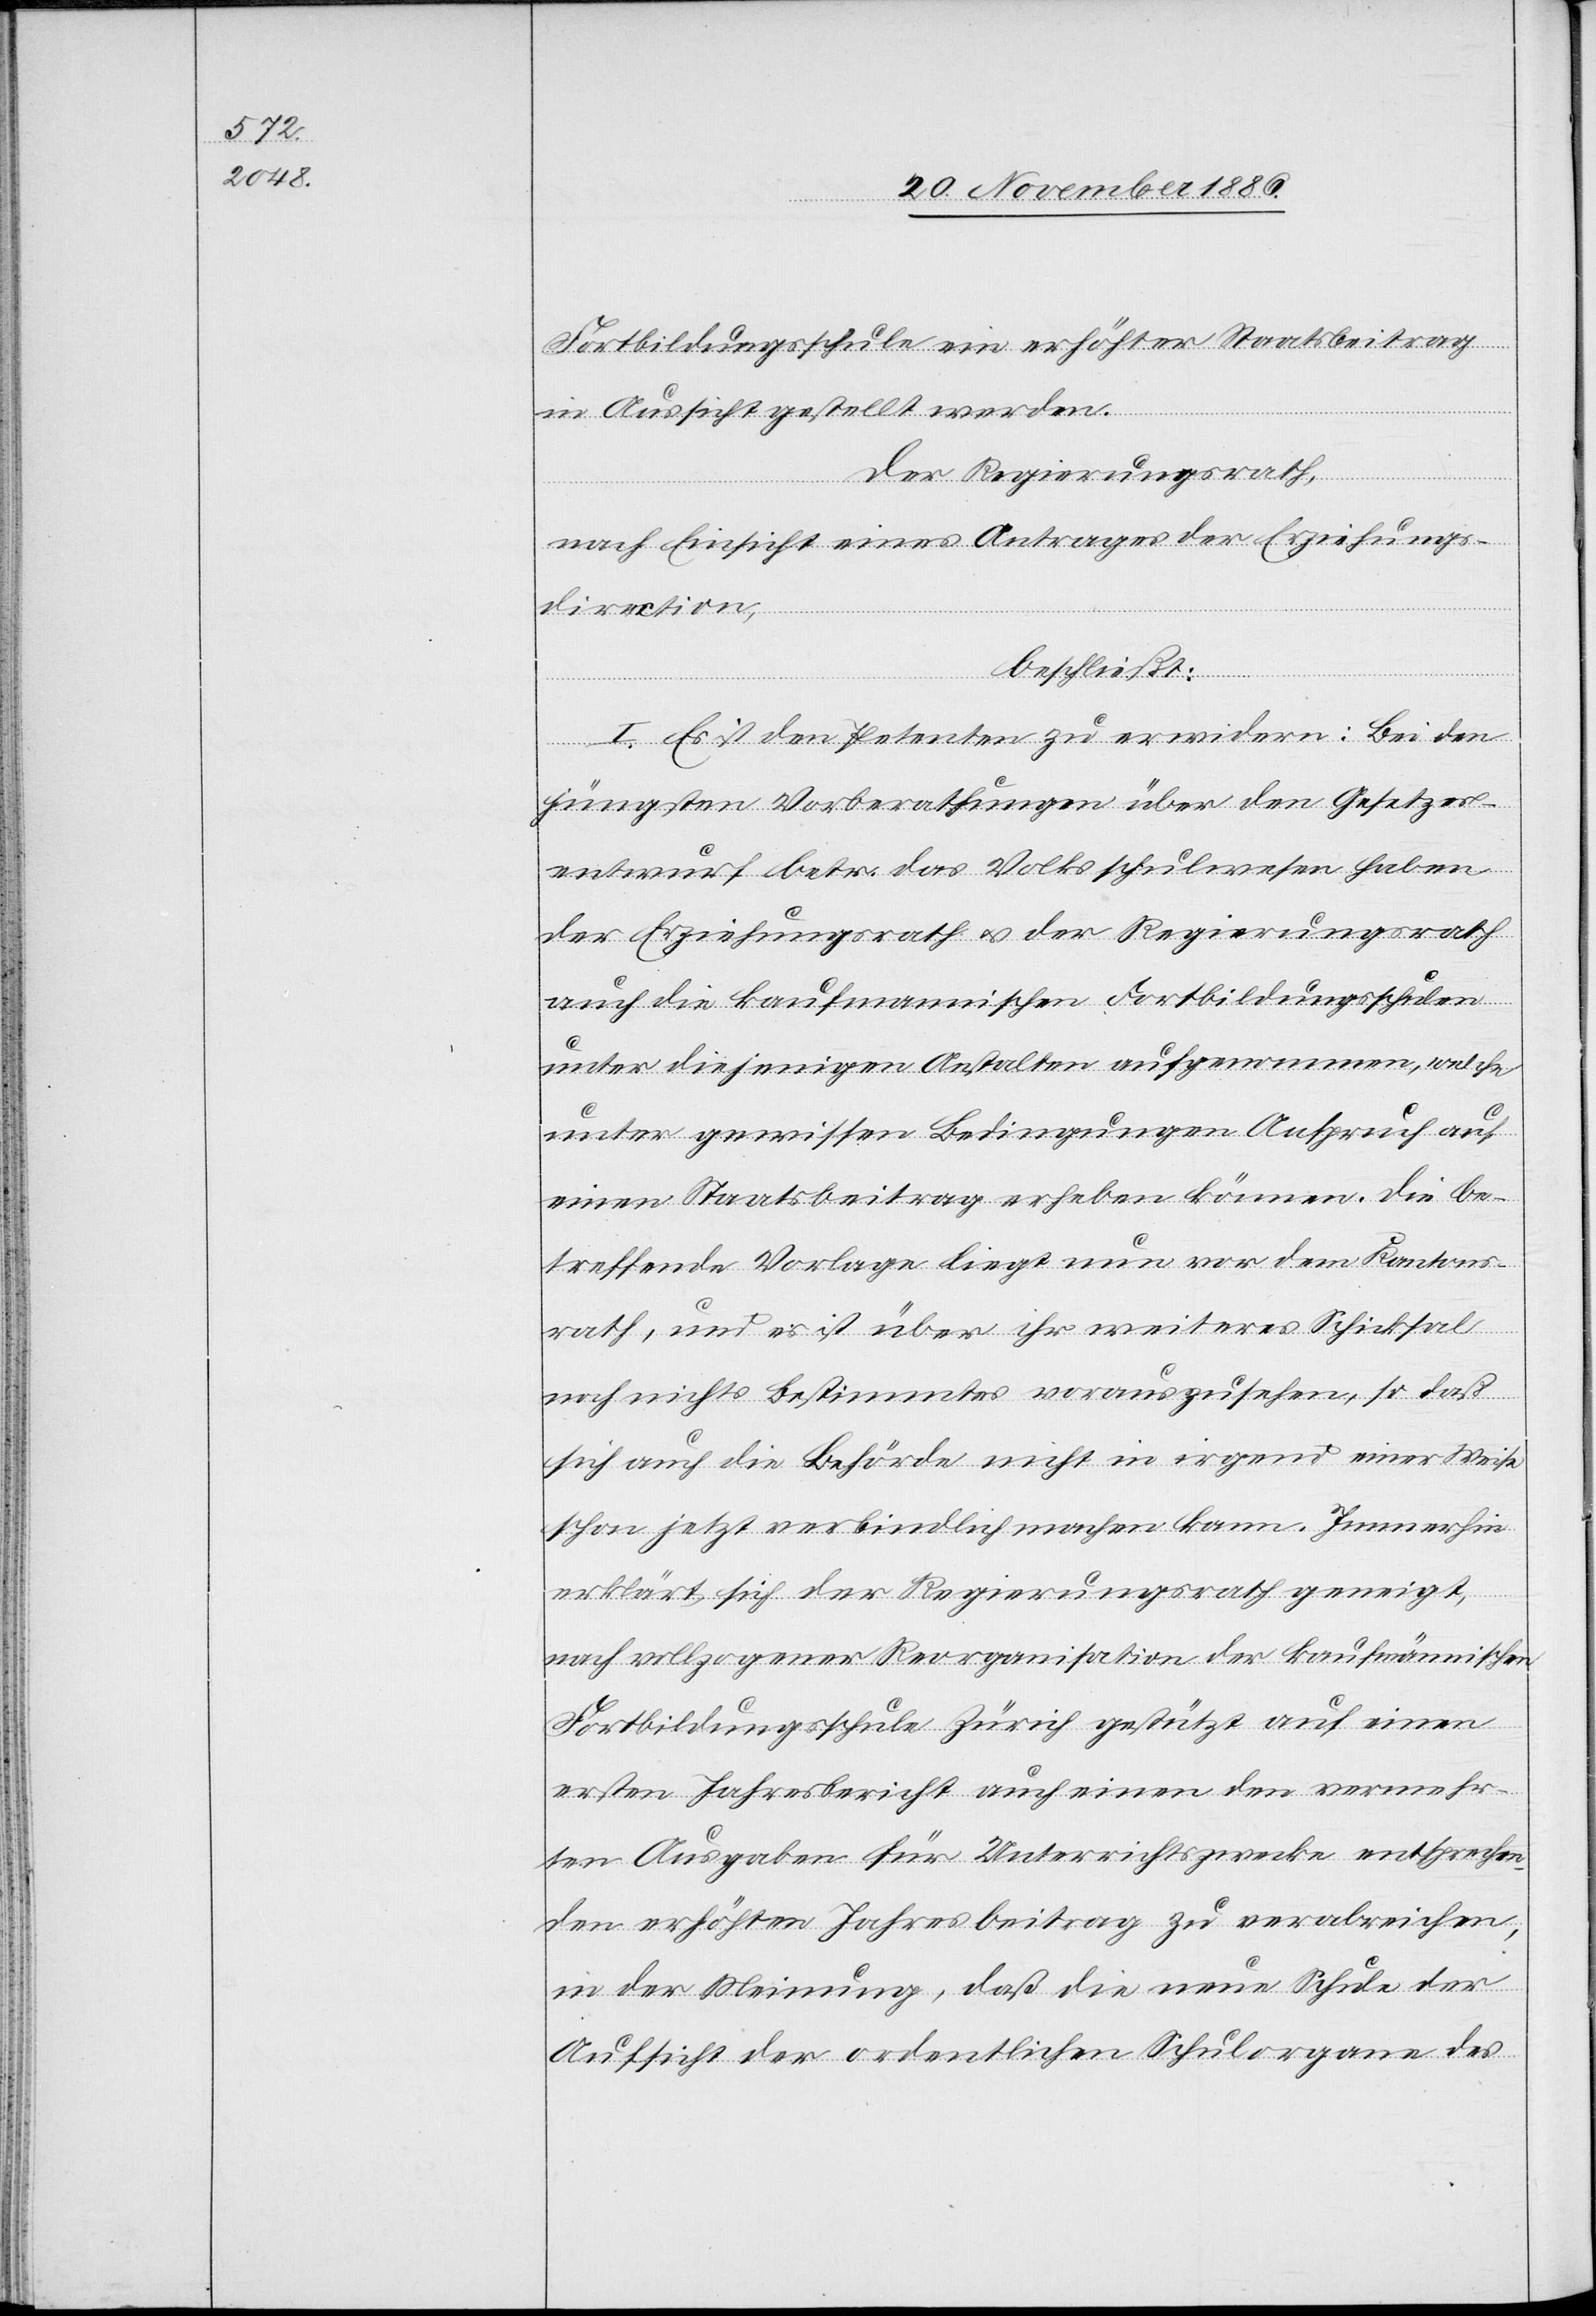
Fortbildungsschule ein erhöhter Staatsbeitrag
in Aussicht gestellt werden.
Der Regierungsrath,
nach Einsicht eines Antrages der Erziehungs¬
direction,
beschließt:
I. Es ist den Petenten zu erwidern: Bei den
jüngsten Vorberathungen über den Gesetzes¬
entwurf betr. das Volksschulwesen haben
der Erziehungsrath & der Regierungsrath
auch die kaufmannischen [sic!] Fortbildungsschulen
unter diejenigen Anstalten aufgenommen, welche
unter gewissen Bedingungen Anspruch auf
einen Staatsbeitrag erheben können. Die be¬
treffende Vorlage liegt nun vor dem Kantons¬
rath, und es ist über ihr weiteres Schicksal
noch nichts Bestimmtes vorauszusehen, so daß
sich auch die Behörde nicht in irgend einer Weise
schon jetzt verbindlich machen kann. Immerhin
erklärt sich der Regierungsrath geneigt,
nach vollzogener Reorganisation der kaufmännischen
Fortbildungsschule Zürich gestützt auf einen
ersten Jahresbericht auch einen den vermehr¬
ten Ausgaben für Unterrichtszwecke entsprechen¬
den erhöhten Jahresbeitrag zu verabreichen,
in der Meinung, daß die neue Schule der
Aufsicht der ordentlichen Schulorgane des